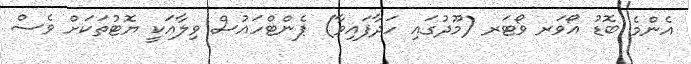
އެންމެ ބޮޑު އޯވަރ ވޯޓަރ (މޫދުގައި ހަދާފައިވާ) ޕެންޓްހައުސް ވިލާއަކީ ޔޮޓުތަކަށް ވެސް